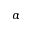
\alpha